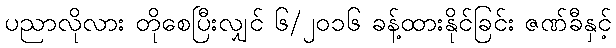
ပညာလိုလား တိုစေပြီးလျှင် ၆/၂၀၁၆ ခန့်ထားနိုင်ခြင်း ဇဏ်ခီနှင့်